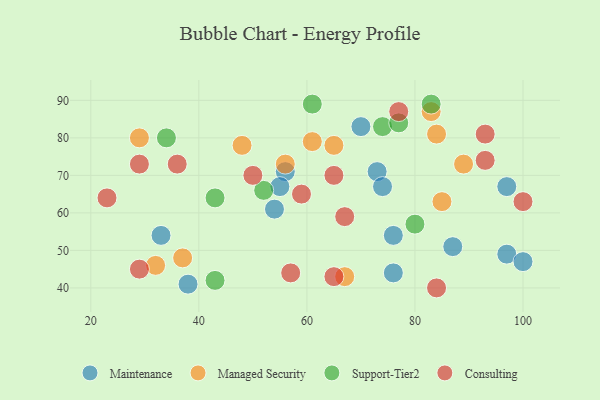
{"axis": {"x": "GDP", "y": "Life Expectancy"}, "legend": ["Consulting", "Maintenance", "Managed Security", "Support-Tier2"], "data": [{"x": "76", "y": 44, "type": "Maintenance"}, {"x": "97", "y": 49, "type": "Maintenance"}, {"x": "87", "y": 51, "type": "Maintenance"}, {"x": "76", "y": 54, "type": "Maintenance"}, {"x": "70", "y": 83, "type": "Maintenance"}, {"x": "56", "y": 71, "type": "Maintenance"}, {"x": "100", "y": 47, "type": "Maintenance"}, {"x": "33", "y": 54, "type": "Maintenance"}, {"x": "73", "y": 71, "type": "Maintenance"}, {"x": "97", "y": 67, "type": "Maintenance"}, {"x": "38", "y": 41, "type": "Maintenance"}, {"x": "74", "y": 67, "type": "Maintenance"}, {"x": "54", "y": 61, "type": "Maintenance"}, {"x": "55", "y": 67, "type": "Maintenance"}, {"x": "67", "y": 43, "type": "Managed Security"}, {"x": "56", "y": 73, "type": "Managed Security"}, {"x": "89", "y": 73, "type": "Managed Security"}, {"x": "29", "y": 80, "type": "Managed Security"}, {"x": "48", "y": 78, "type": "Managed Security"}, {"x": "61", "y": 79, "type": "Managed Security"}, {"x": "32", "y": 46, "type": "Managed Security"}, {"x": "83", "y": 87, "type": "Managed Security"}, {"x": "84", "y": 81, "type": "Managed Security"}, {"x": "85", "y": 63, "type": "Managed Security"}, {"x": "37", "y": 48, "type": "Managed Security"}, {"x": "65", "y": 78, "type": "Managed Security"}, {"x": "43", "y": 64, "type": "Support-Tier2"}, {"x": "74", "y": 83, "type": "Support-Tier2"}, {"x": "43", "y": 42, "type": "Support-Tier2"}, {"x": "61", "y": 89, "type": "Support-Tier2"}, {"x": "83", "y": 89, "type": "Support-Tier2"}, {"x": "34", "y": 80, "type": "Support-Tier2"}, {"x": "77", "y": 84, "type": "Support-Tier2"}, {"x": "52", "y": 66, "type": "Support-Tier2"}, {"x": "80", "y": 57, "type": "Support-Tier2"}, {"x": "57", "y": 44, "type": "Consulting"}, {"x": "93", "y": 81, "type": "Consulting"}, {"x": "84", "y": 40, "type": "Consulting"}, {"x": "77", "y": 87, "type": "Consulting"}, {"x": "93", "y": 74, "type": "Consulting"}, {"x": "29", "y": 45, "type": "Consulting"}, {"x": "65", "y": 43, "type": "Consulting"}, {"x": "67", "y": 59, "type": "Consulting"}, {"x": "29", "y": 73, "type": "Consulting"}, {"x": "59", "y": 65, "type": "Consulting"}, {"x": "36", "y": 73, "type": "Consulting"}, {"x": "50", "y": 70, "type": "Consulting"}, {"x": "23", "y": 64, "type": "Consulting"}, {"x": "65", "y": 70, "type": "Consulting"}, {"x": "100", "y": 63, "type": "Consulting"}]}